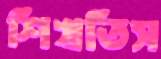
শিখতিস